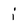
Character: i